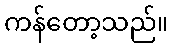
ကန်တော့သည်။